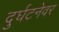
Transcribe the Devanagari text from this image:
दुर्घटनेवर